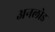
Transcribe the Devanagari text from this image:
अनलोड